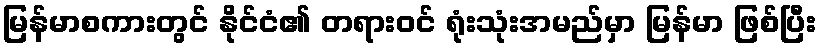
မြန်မာစကားတွင် နိုင်ငံ၏ တရားဝင် ရုံးသုံးအမည်မှာ မြန်မာ ဖြစ်ပြီး